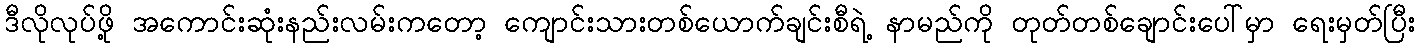
ဒီလိုလုပ်ဖို့ အကောင်းဆုံးနည်းလမ်းကတော့ ကျောင်းသားတစ်ယောက်ချင်းစီရဲ့ နာမည်ကို တုတ်တစ်ချောင်းပေါ်မှာ ရေးမှတ်ပြီး